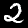
Digit: 2